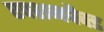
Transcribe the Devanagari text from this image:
एक्शनपैक्ड